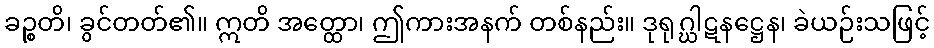
ခဉ္စတိ၊ ခွင်တတ်၏။ ဣတိ အတ္ထော၊ ဤကားအနက် တစ်နည်း။ ဒုရုဂ္ဃါဋနဋ္ဌေန၊ ခဲယဉ်းသဖြင့်